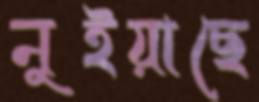
নুইয়াছে